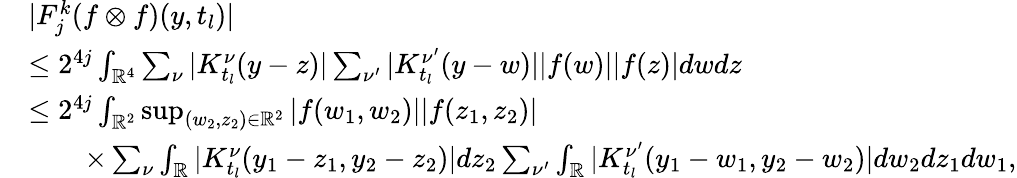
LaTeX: \begin{array}{rl}&{|F_{j}^{k}(f\otimes f)(y,t_{l})|}\\ &{\le 2^{4j}\int_{\mathbb{R}^{4}}\sum_{\nu}|K_{t_{l}}^{\nu}(y-z)|\sum_{\nu^{\prime}}|K_{t_{l}}^{\nu^{\prime}}(y-w)||f(w)||f(z)|dwdz}\\ &{\le 2^{4j}\int_{\mathbb{R}^{2}}\operatorname*{sup}_{(w_{2},z_{2})\in\mathbb{R}^{2}}|f(w_{1},w_{2})||f(z_{1},z_{2})|}\\ &{\quad\quad\times\sum_{\nu}\int_{\mathbb{R}}|K_{t_{l}}^{\nu}(y_{1}-z_{1},y_{2}-z_{2})|dz_{2}\sum_{\nu^{\prime}}\int_{\mathbb{R}}|K_{t_{l}}^{\nu^{\prime}}(y_{1}-w_{1},y_{2}-w_{2})|dw_{2}dz_{1}dw_{1},}\end{array}